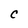
Character: C